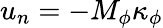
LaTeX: {u_{n}}=-{M_{\phi}}{\kappa_{\phi}}